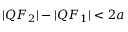
| Q F _ { 2 } | - | Q F _ { 1 } | < 2 a